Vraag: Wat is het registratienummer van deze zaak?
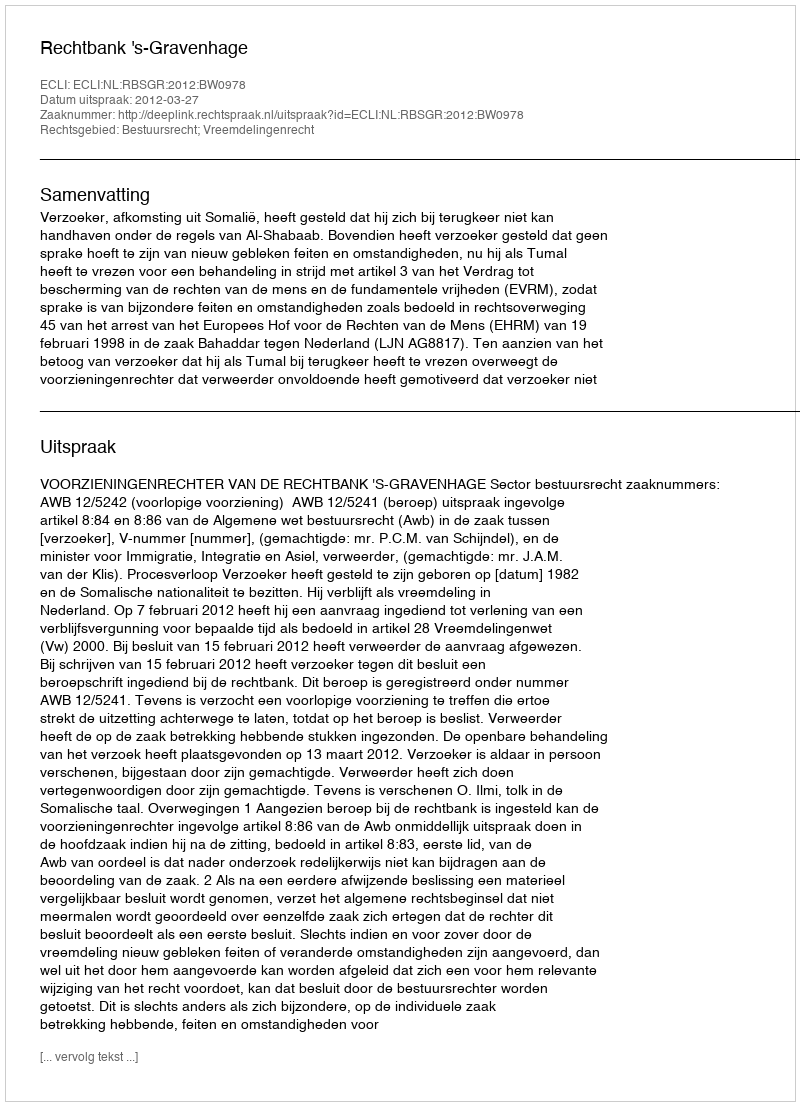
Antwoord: http://deeplink.rechtspraak.nl/uitspraak?id=ECLI:NL:RBSGR:2012:BW0978